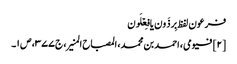
فرعون لفظ بِرذَون یا فِعۡلَون
[۲] فیومی، احمد بن محمد، المصباح المنیر، ج ۳۷۷، ص ۱۔